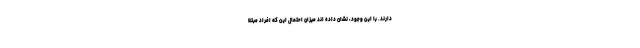
دارند. با این وجود، نشان داده اند میزان احتمال این که افراد مبتلا